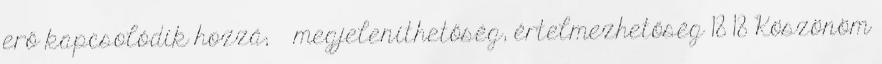
erő kapcsolódik hozzá;  megjeleníthetőség, értelmezhetőség 18 18 Köszönöm